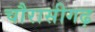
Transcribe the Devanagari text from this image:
चौरासीगढ़